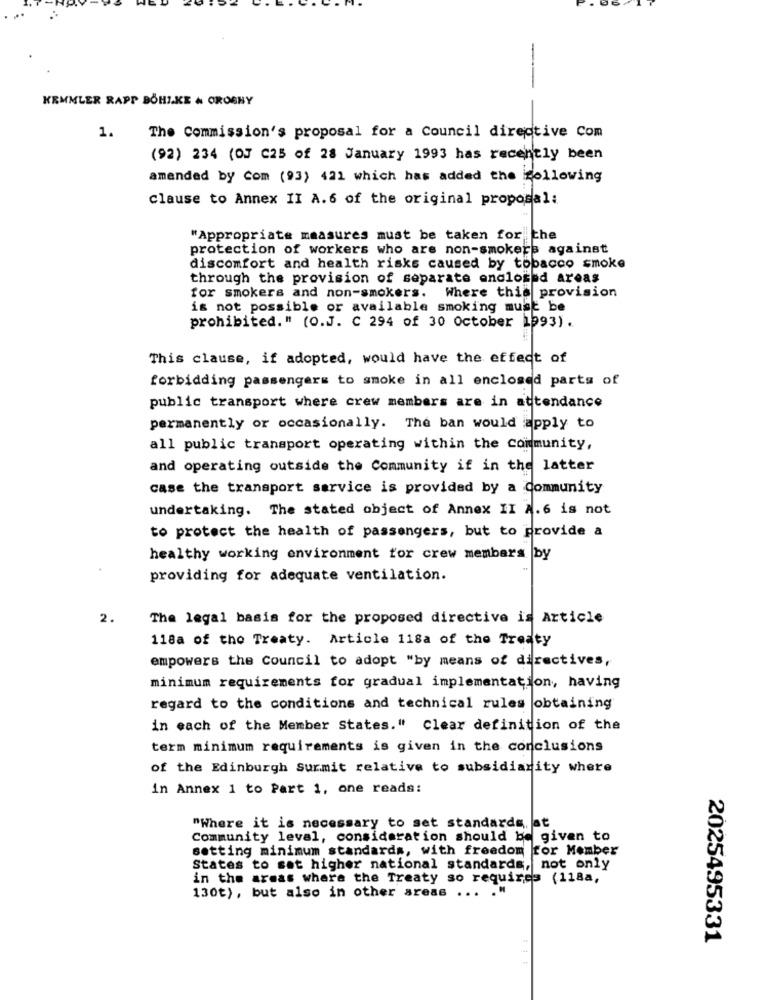
KEMMLER RAPP BÖHIKE & OROGNY
1.
The Commission's proposal for a Council directive Com
(92) 234 (OJ C25 of 28 January 1993 has recently been
amended by Com (93) 421 which has added the following
clause to Annex II A.6 of the original proposal:
"Appropriate measures must be taken for the
protection of workers who are non-smokers against
discomfort and health risks caused by tobacco smoke
through the provision of separate enclosed areas
for smokers and non-smokers. Where this provision
is not possible or available smoking must be
prohibited. " (O.J. C 294 of 30 October 1993).
This clause, if adopted, would have the effect of
forbidding passengers to smoke in all enclosed parts of
public transport where crew members are in attendance
permanently or occasionally. The ban would apply to
all public transport operating within the community,
and operating outside the Community if in the latter
case the transport service is provided by a Community
undertaking. The stated object of Annex II 2.6 is not
to protect the health of passengers, but to provide a
healthy working environment for crew members by
providing for adequate ventilation.
2.
The legal basis for the proposed directive is Article
118a of the Treaty. Article 118a of the Treaty
empowers the Council to adopt "by means of directives,
minimum requirements for gradual implementation, having
regard to the conditions and technical rules obtaining
in each of the Member States." Clear definition of the
term minimum requirements is given in the conclusions
of the Edinburgh surmit relative to subsidiarity where
in Annex 1 to Part 1, one reads:
"Where it is necessary to set standards, at
Community leval, consideration should be given to
setting minimum standards, with freedom for Member
States to set higher national standards, not only
in the areas where the Treaty so requires (118a,
130t), but also in other areas ... . "
2025495331